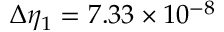
\Delta \eta _ { 1 } = 7 . 3 3 \times 1 0 ^ { - 8 }